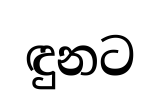
ඳුනට